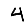
Digit: 4